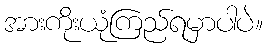
အားကိုးယုံကြည်ရမှာပါပဲ။